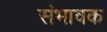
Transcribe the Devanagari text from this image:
संभावक